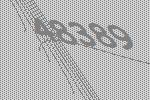
48389